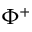
\Phi ^ { + }